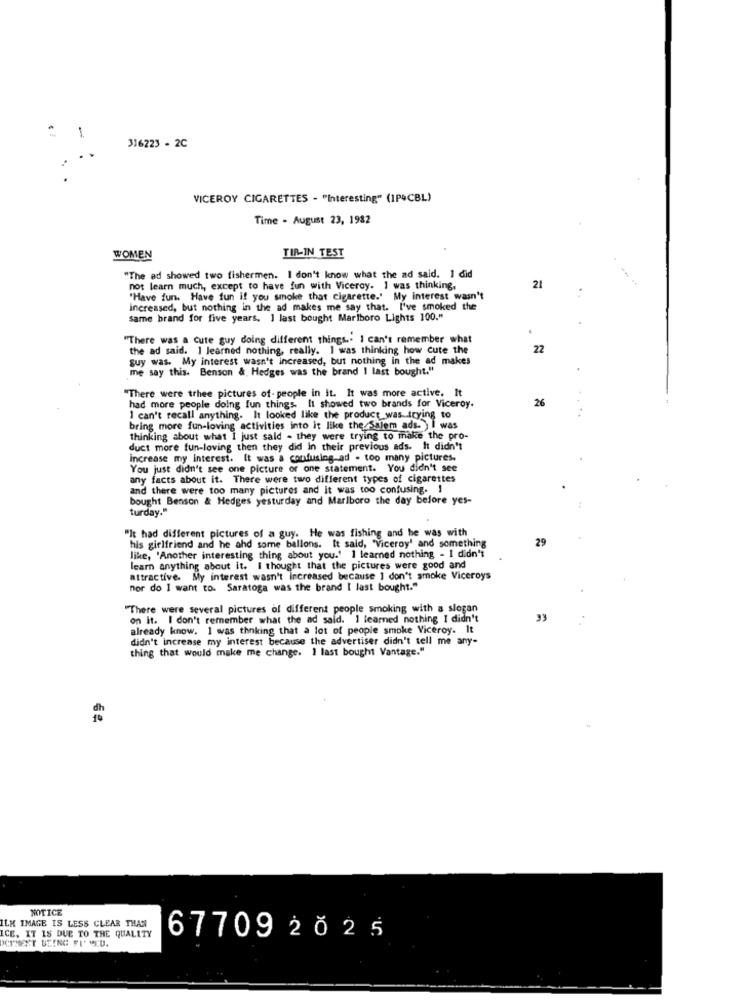
1
316223 - 2C
VICEROY CIGARETTES - "Interesting" (1P4CBL)
Time - August 23, 1982
TIR-IN TEST
WOMEN
"The ad showed two fishermen. I don't know what the ad said. I did
not learn much, except to have fun with Viceroy. I was thinking,
21
"Have fun. Have fun if you smoke that cigarette.' My interest wasn't
increased, but nothing in the ad makes me say that. I've smoked the
same brand for five years. 1 last bought Marlboro Lights 100."
"There was a cute guy doing different things .. I can't remember what
the ad said. 1 learned nothing, really. I was thinking how cute the
22
guy was. My interest wasn't increased, but nothing in the ad makes
me say this. Benson & Hedges was the brand I last bought."
"There were trhee pictures of- people in it. It was more active. It
26
had more people doing fun things. It showed two brands for Viceroy.
I can't recall anything. It looked like the product was trying to
bring more fun-loving activities into it like the Salem ads- ) I was
thinking about what I just sald - they were trying to make the pro-
duct more fun-loving then they did in their previous ads. It didn't
increase my Interest. It was a confusing ad - too many pictures.
You just didn't see one picture or one statement. You didn't see
any facts about it. There were two different types of cigarettes
and there were too many pictures and it was too confusing. I
bought Benson & Hedges yesturday and Marlboro the day before yes-
turday."
"It had different pictures of a guy. He was fishing and he was with
his girlfriend and he ahd some ballons. It said, "Viceroy' and something
29
like, 'Another interesting thing about you.' I learned nothing - I didn't
learn anything about it. I thought that the pictures were good and
attractive. My interest wasn't increased because I don't smoke Viceroys
nor do I want to. Saratoga was the brand I last bought."
"There were several pictures of different people smoking with a slogan
on it. I don't remember what the ad said. I learned nothing I didn't
33
already know. 1 was thinking that a lot of people smoke Viceroy. It
didn't increase my interest because the advertiser didn't tell me any-
thing that would make me change. 1 last bought Vantage."
NOTICE
ILK IMAGE IS LESS CLEAR THAN
ICE, IT IS DUE TO THE QUALITY
677092025